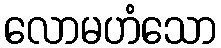
လောမဟံသော